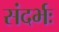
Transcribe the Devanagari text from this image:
संदर्भः